Report on vaccination in the Province of Bengal - 1874-1889
Year: 1874
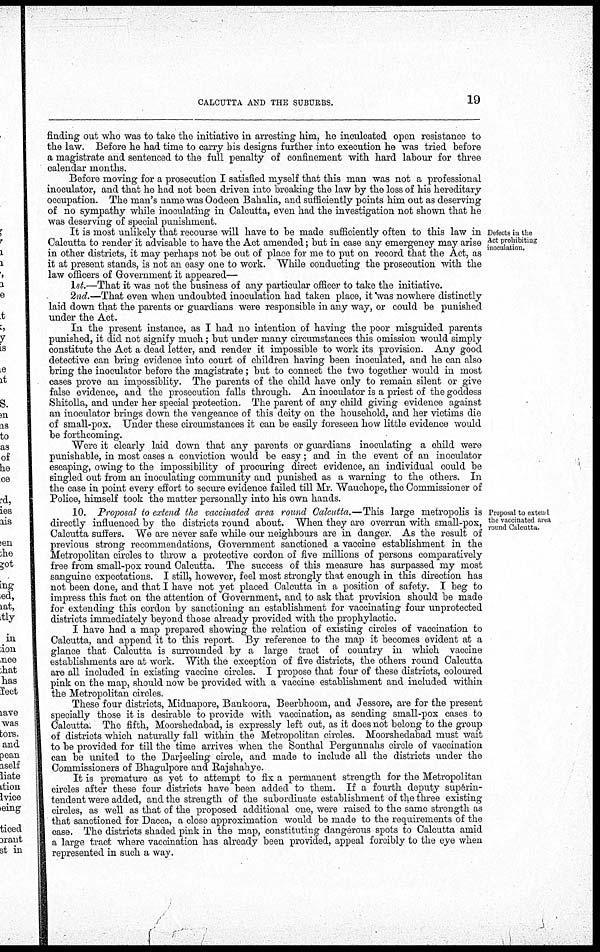
CALCUTTA AND THE SUBURBS.
19
finding out who was to take the initiative in arresting him, he inculcated open resistance to
the law. Before he had time to carry his designs further into execution he was tried before
a magistrate and sentenced to the full penalty of confinement with hard labour for three
calendar months.
Before moving for a prosecution I satisfied myself that this man was not a professional
inoculator, and that he had not been driven into breaking the law by the loss of his hereditary
occupation. The man's name was Oodeen Bahalia, and sufficiently points him out as deserving
of no sympathy while inoculating in Calcutta, even had the investigation not shown that he
was deserving of special punishment.
Defects in the
Act prohibiting
inoculation.
It is most unlikely that recourse will have to be made sufficiently often to this law in
Calcutta to render it advisable to have the Act amended; but in case any emergency may arise
in other districts, it may perhaps not be out of place for me to put on record that the Act, as
it at present stands, is not an easy one to work. While conducting the prosecution with the
law officers of Government it appeared—
1st.—That it was not the business of any particular officer to take the initiative.
2nd.—That even when undoubted inoculation had taken place, it was nowhere distinctly
laid down that the parents or guardians were responsible in any way, or could be punished
under the Act.
In the present instance, as I had no intention of having the poor misguided parents
punished, it did not signify much; but under many circumstances this omission would simply
constitute the Act a dead letter, and render it impossible to work its provision. Any good
detective can bring evidence into court of children having been inoculated, and he can also
bring the inoculator before the magistrate; but to connect the two together would in most
cases prove an impossiblity. The parents of the child have only to remain silent or give
false evidence, and the prosecution falls through. An inoculator is a priest of the goddess
Shitolla, and under her special protection. The parent of any child giving evidence against
an inoculator brings down the vengeance of this deity on the household, and her victims die
of small-pox. Under these circumstances it can be easily foreseen how little evidence would
be forthcoming.
"Were it clearly laid down that any parents or guardians inoculating a child were
punishable, in most cases a conviction would be easy; and in the event of an inoculator
escaping, owing to the impossibility of procuring direct evidence, an individual could be
singled out from an inoculating community and punished as a warning to the others. In
the case in point every effort to secure evidence failed till Mr. Wauchope, the Commissioner of
Police, himself took the matter personally into his own hands.
Proposal to extend
the vaccinated area
round Calcutta.
10. Proposal to extend the vaccinated area round Calcutta.—This large metropolis is
directly influenced by the districts round about. When they are overrun with small-pox,
Calcutta suffers. We are never safe while our neighbours are in danger. As the result of
previous strong recommendations, Government sanctioned a vaccine establishment in the
Metropolitan circles to throw a protective cordon of five millions of persons comparatively
free from small-pox round Calcutta. The success of this measure has surpassed my most
sanguine expectations. I still, however, feel most strongly that enough in this direction has
not been done, and that I have not yet placed Calcutta in a position of safety. I beg to
impress this fact on the attention of Government, and to ask that provision should be made
for extending this cordon by sanctioning an establishment for vaccinating four unprotected
districts immediately beyond those already provided with the prophylactic.
I have had a map prepared showing the relation of existing circles of vaccination to
Calcutta, and append it to this report. By reference to the map it becomes evident at a
glance that Calcutta is surrounded by a large tract of country in which vaccine
establishments are at work. With the exception of five districts, the others round Calcutta
are all included in existing vaccine circles. I propose that four of these districts, coloured
pink on the map, should now be provided with a vaccine establishment and included within
the Metropolitan circles.
These four districts, Midnapore, Bankoora, Beerbhoom, and Jessore, are for the present
specially those it is desirable to provide with vaccination, as sending small-pox cases to
Calcutta. The fifth, Moorshedabad, is expressly left out, as it does not belong to the group
of districts which naturally fall within the Metropolitan circles. Moorshedabad must wait
to be provided for till the time arrives when the Sonthal Pergunnahs circle of vaccination
can be united to the Darjeeling circle, and made to include all the districts under the
Commissioners of Bhagulpore and Rajshahye.
It is premature as yet to attempt to fix a permanent strength for the Metropolitan
circles after these four districts have been added to them. If a fourth deputy superin-
tendent were added, and the strength of the subordinate establishment of the three existing
circles, as well as that of the proposed additional one, were raised to the same strength as
that sanctioned for Dacca, a close approximation would be made to the requirements of the
case. The districts shaded pink in the map, constituting dangerous spots to Calcutta amid
a large tract where vaccination has already been provided, appeal forcibly to the eye when
represented in such a way.